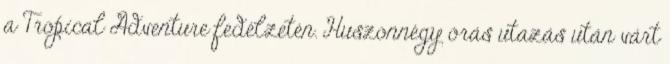
a Tropical Adventure fedélzetén. Huszonnégy órás utazás után várt